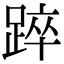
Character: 踤